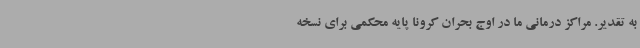
به تقدیر. مراکز درمانی ما در اوج بحران کرونا پایه محکمی برای نسخه